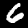
Digit: 6